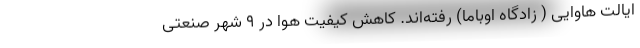
ایالت هاوایی ( زادگاه اوباما) رفته‌اند. کاهش کیفیت هوا در 9 شهر صنعتی